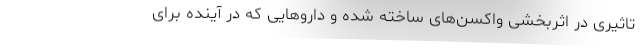
تاثیری در اثربخشی واکسن‌های ساخته شده و داروهایی که در آینده برای